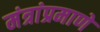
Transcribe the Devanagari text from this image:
मंत्रांप्रमाणे